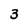
Character: 3